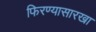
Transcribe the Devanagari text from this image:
फिरण्यासारखा